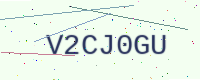
Text: V2CJ0GU